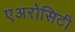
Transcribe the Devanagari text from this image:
एअरोसिटी